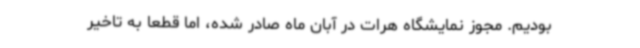
بودیم. مجوز نمایشگاه هرات در آبان‌ ماه صادر شده، اما قطعا به تاخیر